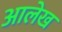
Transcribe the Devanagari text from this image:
अालेख